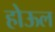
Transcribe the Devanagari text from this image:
होऊल